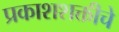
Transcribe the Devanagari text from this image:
प्रकाशशक्तीचे